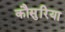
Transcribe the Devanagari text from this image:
कौसुरिया